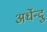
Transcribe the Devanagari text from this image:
अर्धेन्दु